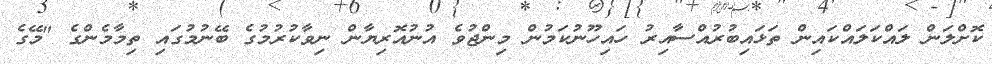
ކޮށްލަން ލައްކަލައްކައިން ތަޅައިބުރުއްސާއިރު ހައިހޫނުކަމުން މިންޖުވެ އުނުއޮރިޔާން ނިވާކުރުމުގެ ބޭނުމުގައި ތިމާމެންގެ "މޭގެ